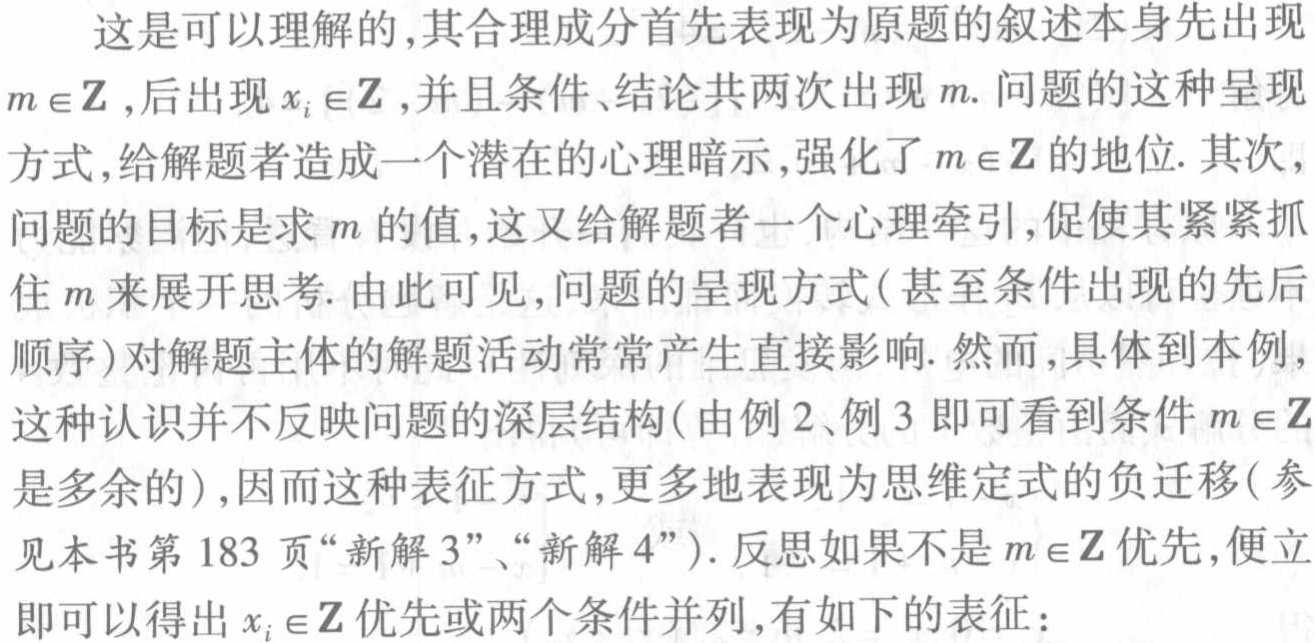
这是可以理解的,其合理成分首先表现为原题的叙述本身先出现
\(m\in\mathbb{Z}\),后出现\(x_{i}\in\mathbb{Z}\),并且条件、结论共两次出现\(m\). 问题的这种呈现
方式,给解题者造成一个潜在的心理暗示,强化了\(m\in\mathbb{Z}\)的地位. 其次,
问题的目标是求\(m\)的值,这又给解题者一个心理牵引,促使其紧紧抓
住\(m\)来展开思考. 由此可见,问题的呈现方式(甚至条件出现的先后
顺序)对解题主体的解题活动常常产生直接影响. 然而,具体到本例,
这种认识并不反映问题的深层结构(由例2、例3 即可看到条件\(m\in\mathbb{Z}\)
是多余的),因而这种表征方式,更多地表现为思维定式的负迁移(参
见本书第183 页“新解3”、“新解4”). 反思如果不是\(m\in\mathbb{Z}\)优先,便立
即可以得出\(x_{i}\in\mathbb{Z}\)优先或两个条件并列,有如下的表征：